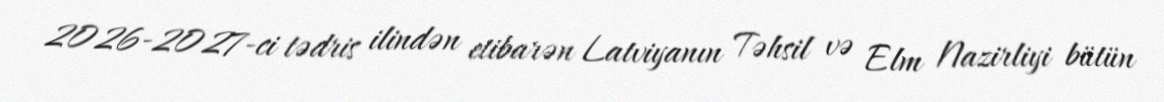
2026-2027-ci tədris ilindən etibarən Latviyanın Təhsil və Elm Nazirliyi bütün